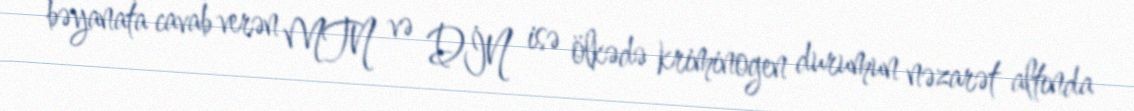
bəyanata cavab verən MTN və DİN isə ölkədə kriminogen durumun nəzarət altında